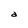
Character: d